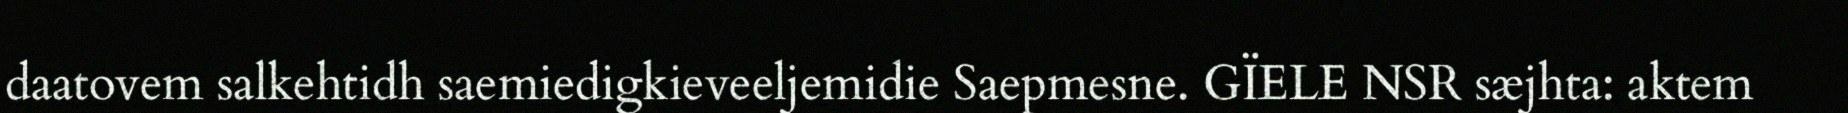
daatovem salkehtidh saemiedigkieveeljemidie Saepmesne. GÏELE NSR sæjhta: aktem